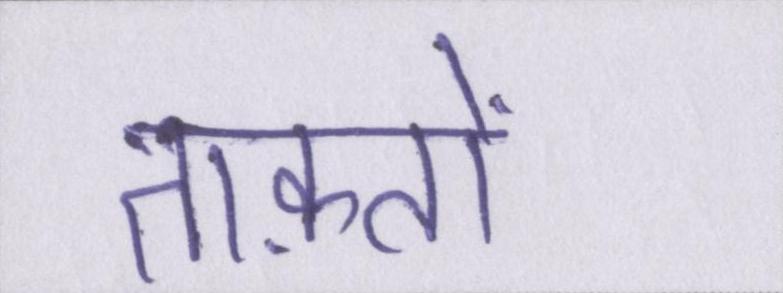
ताक़तों